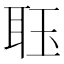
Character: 𮶑